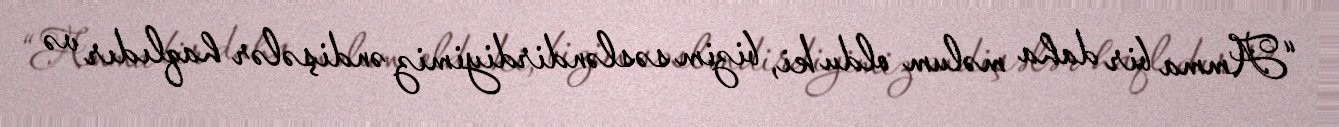
“Amma bir daha məlum oldu ki, bizim səsləndirdiyimiz əndişələr haqlıdır və